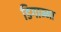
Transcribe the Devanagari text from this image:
डिगाम्मा